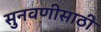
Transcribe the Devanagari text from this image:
सुनवणीसाठी